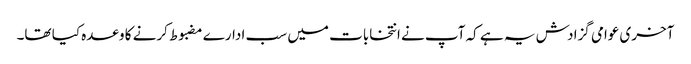
آخری عوامی گزادش یہ ہے کہ آپ نے انتخابات میں سب ادارے مضبوط کرنے کا وعدہ کیا تھا۔